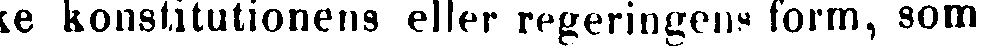
ke konstitutionens eller regeringens form, som